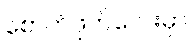
စောက်ဖုတ်လေးမှာ